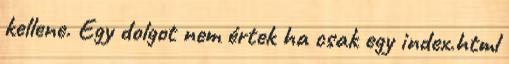
kellene. Egy dolgot nem értek ha csak egy index.html